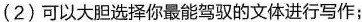
(2)可以大胆选择你最能驾驭的文体进行写作；